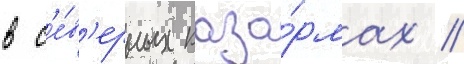
в с'е́в'ерных каза́рмах //